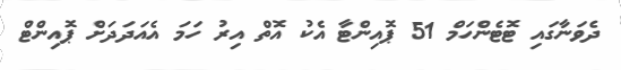
ދެވަނާގައި ޓޮޓެންހަމް 51 ޕޮއިންޓާ އެކު އޮތް އިރު ހަމަ އެއަދަދަށް ޕޮއިންޓް